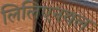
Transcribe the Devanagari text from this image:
लिलिएनथल